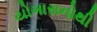
યોગાસનોથી